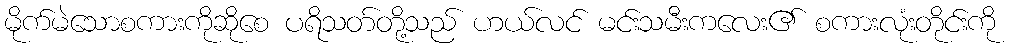
မိုက်မဲသောစကားကိုဆိုစေ ပရိသတ်တို့သည် ဟယ်လင် မင်းသမီးကလေး၏ စကားလုံးတိုင်းကို